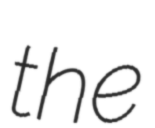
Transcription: the